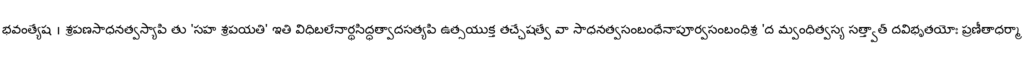
భవంత్యేష । శ్రపణసాధనత్వస్యాపి తు 'సహ శ్రపయతి' ఇతి విధిబలేనార్థసిద్ధత్వాదసత్యపి ఉత్సయుక్త తచ్ఛేషత్వే వా సాధనత్వసంబంధేనాపూర్వసంబంధిశ్ర 'ద మ్వంధిత్వస్య సత్త్వాత్ దవిభృతయోః ప్రణీతాధర్మా